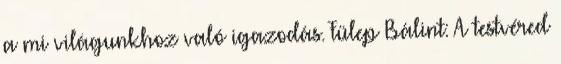
a mi világunkhoz való igazodás. Fülep Bálint: A testvéred